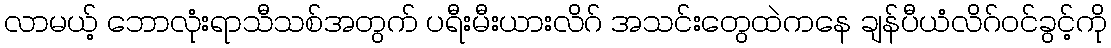
လာမယ့် ဘောလုံးရာသီသစ်အတွက် ပရီးမီးယားလိဂ် အသင်းတွေထဲကနေ ချန်ပီယံလိဂ်ဝင်ခွင့်ကို